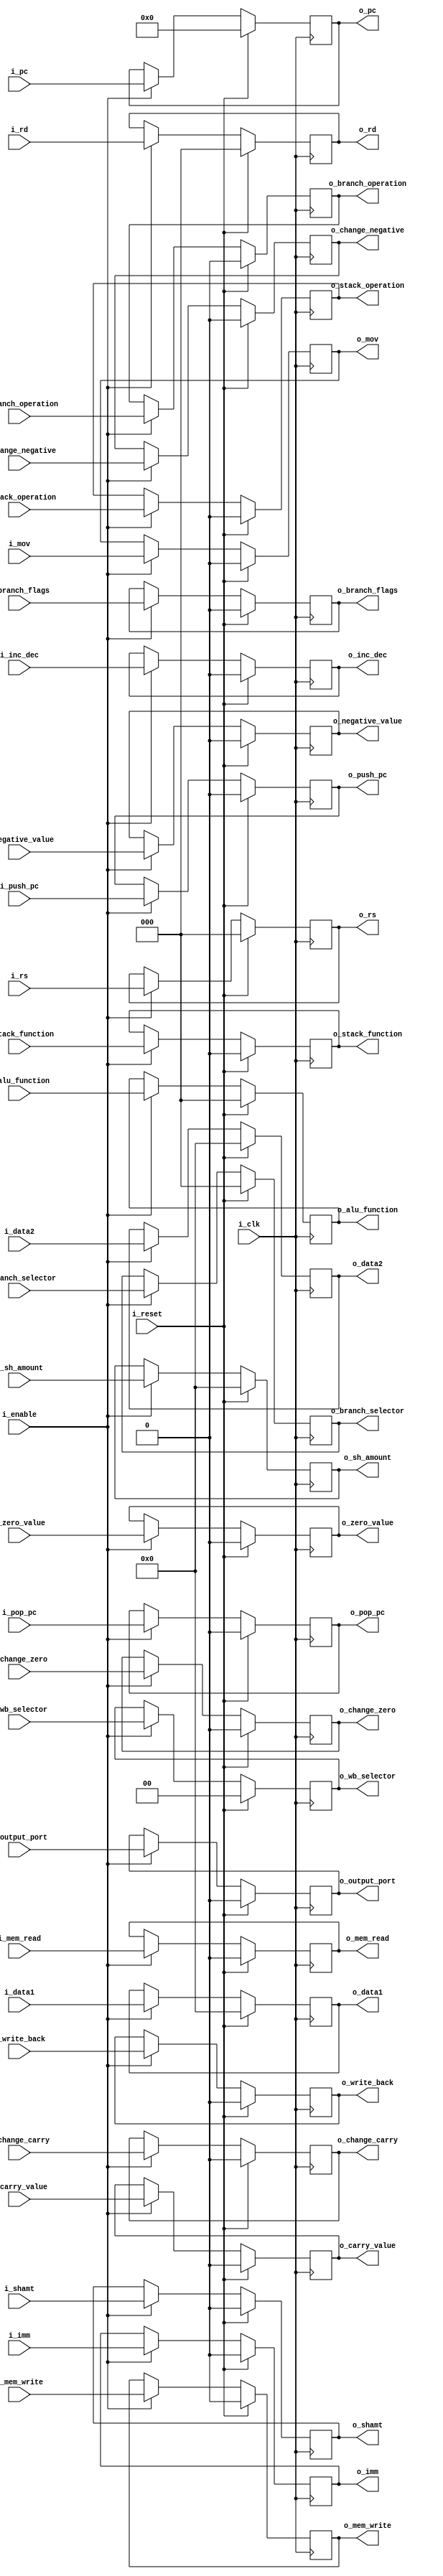
// TODO: flush & stall inputs
module decode_exm_buffer (
    input i_clk,
    input i_reset,
    input i_enable,
    input [2:0] i_alu_function,
    input [1:0] i_wb_selector,
    input [2:0] i_branch_selector,
    input i_mov,
    input i_write_back,
    input i_inc_dec,
    input i_change_carry,
    input i_carry_value,
    input i_mem_read,
    input i_mem_write,
    input i_stack_operation,
    input i_stack_function,
    input i_branch_operation,
    input i_imm,
    input i_shamt,
    input i_output_port,
    input i_pop_pc,
    input i_push_pc,
    input i_branch_flags,
    input [15:0] i_sh_amount,
    input [15:0] i_data1,
    input [15:0] i_data2,
    input [2:0] i_rd,
    input [2:0] i_rs,
    input [31:0] i_pc,
    input  i_change_zero,
    input   i_zero_value,
    input  i_change_negative,
    input  i_negative_value,
    output reg [2:0] o_alu_function,
    output reg [1:0] o_wb_selector,
    output reg [2:0] o_branch_selector,
    output reg o_mov,
    output reg o_write_back,
    output reg o_inc_dec,
    output reg o_change_carry,
    output reg o_carry_value,
    output reg o_mem_read,
    output reg o_mem_write,
    output reg o_stack_operation,
    output reg o_stack_function,
    output reg o_branch_operation,
    output reg o_imm,
    output reg o_shamt,
    output reg o_output_port,
    output reg o_pop_pc,
    output reg o_push_pc,
    output reg o_branch_flags,
    output reg [15:0] o_sh_amount,
    output reg [15:0] o_data1,
    output reg [15:0] o_data2,
    output reg [2:0] o_rd,
    output reg [2:0] o_rs,
    output reg [31:0] o_pc,
    output reg  o_change_zero,
    output reg  o_zero_value,
    output reg  o_change_negative,
    output reg  o_negative_value
);
  always @(posedge i_clk) begin
    if (i_reset) begin
      o_alu_function <= 3'b0;
      o_wb_selector <= 2'b0;
      o_branch_selector <= 3'b0;
      o_mov <= 1'b0;
      o_write_back <= 1'b0;
      o_inc_dec <= 1'b0;
      o_change_carry <= 1'b0;
      o_carry_value <= 1'b0;
      o_change_zero <= 1'b0;
      o_zero_value <= 1'b0;
      o_change_negative <= 1'b0;
      o_negative_value <= 1'b0;
      o_mem_read <= 1'b0;
      o_mem_write <= 1'b0;
      o_stack_operation <= 1'b0;
      o_stack_function <= 1'b0;
      o_branch_operation <= 1'b0;
      o_imm <= 1'b0;
      o_shamt <= 1'b0;
      o_output_port <= 1'b0;
      o_pop_pc <= 1'b0;
      o_push_pc <= 1'b0;
      o_branch_flags <= 1'b0;
      o_sh_amount <= 16'b0;
      o_data1 <= 16'b0;
      o_data2 <= 16'b0;
      o_rd <= 3'b0;
      o_rs <= 3'b0;
      o_pc <= 32'b0;
    end else if (i_enable) begin
      o_alu_function <= i_alu_function;
      o_wb_selector <= i_wb_selector;
      o_branch_selector <= i_branch_selector;
      o_mov <= i_mov;
      o_write_back <= i_write_back;
      o_inc_dec <= i_inc_dec;
      o_change_carry <= i_change_carry;
      o_carry_value <= i_carry_value;
      o_change_zero <= i_change_zero;
      o_zero_value <= i_zero_value;
      o_change_negative <= i_change_negative;
      o_negative_value <= i_negative_value;
      o_mem_read <= i_mem_read;
      o_mem_write <= i_mem_write;
      o_stack_operation <= i_stack_operation;
      o_stack_function <= i_stack_function;
      o_branch_operation <= i_branch_operation;
      o_imm <= i_imm;
      o_shamt <= i_shamt;
      o_output_port <= i_output_port;
      o_pop_pc <= i_pop_pc;
      o_push_pc <= i_push_pc;
      o_branch_flags <= i_branch_flags;
      o_sh_amount <= i_sh_amount;
      o_data1 <= i_data1;
      o_data2 <= i_data2;
      o_rd <= i_rd;
      o_rs <= i_rs;
      o_pc <= i_pc;
    end
  end
endmodule